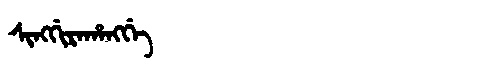
Manchu: ᠰᡳᠩᡤᡳᡵᠠᡥᠠᠩᡤᡝ
Romanization: SINGGIRAHANGGE